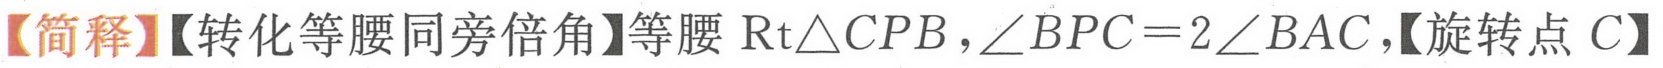
【简释】【转化等腰同旁倍角】等腰\(\text{Rt}\triangle CPB\)，\(\angle BPC = 2\angle BAC\)，【旋转点 \(C\)】